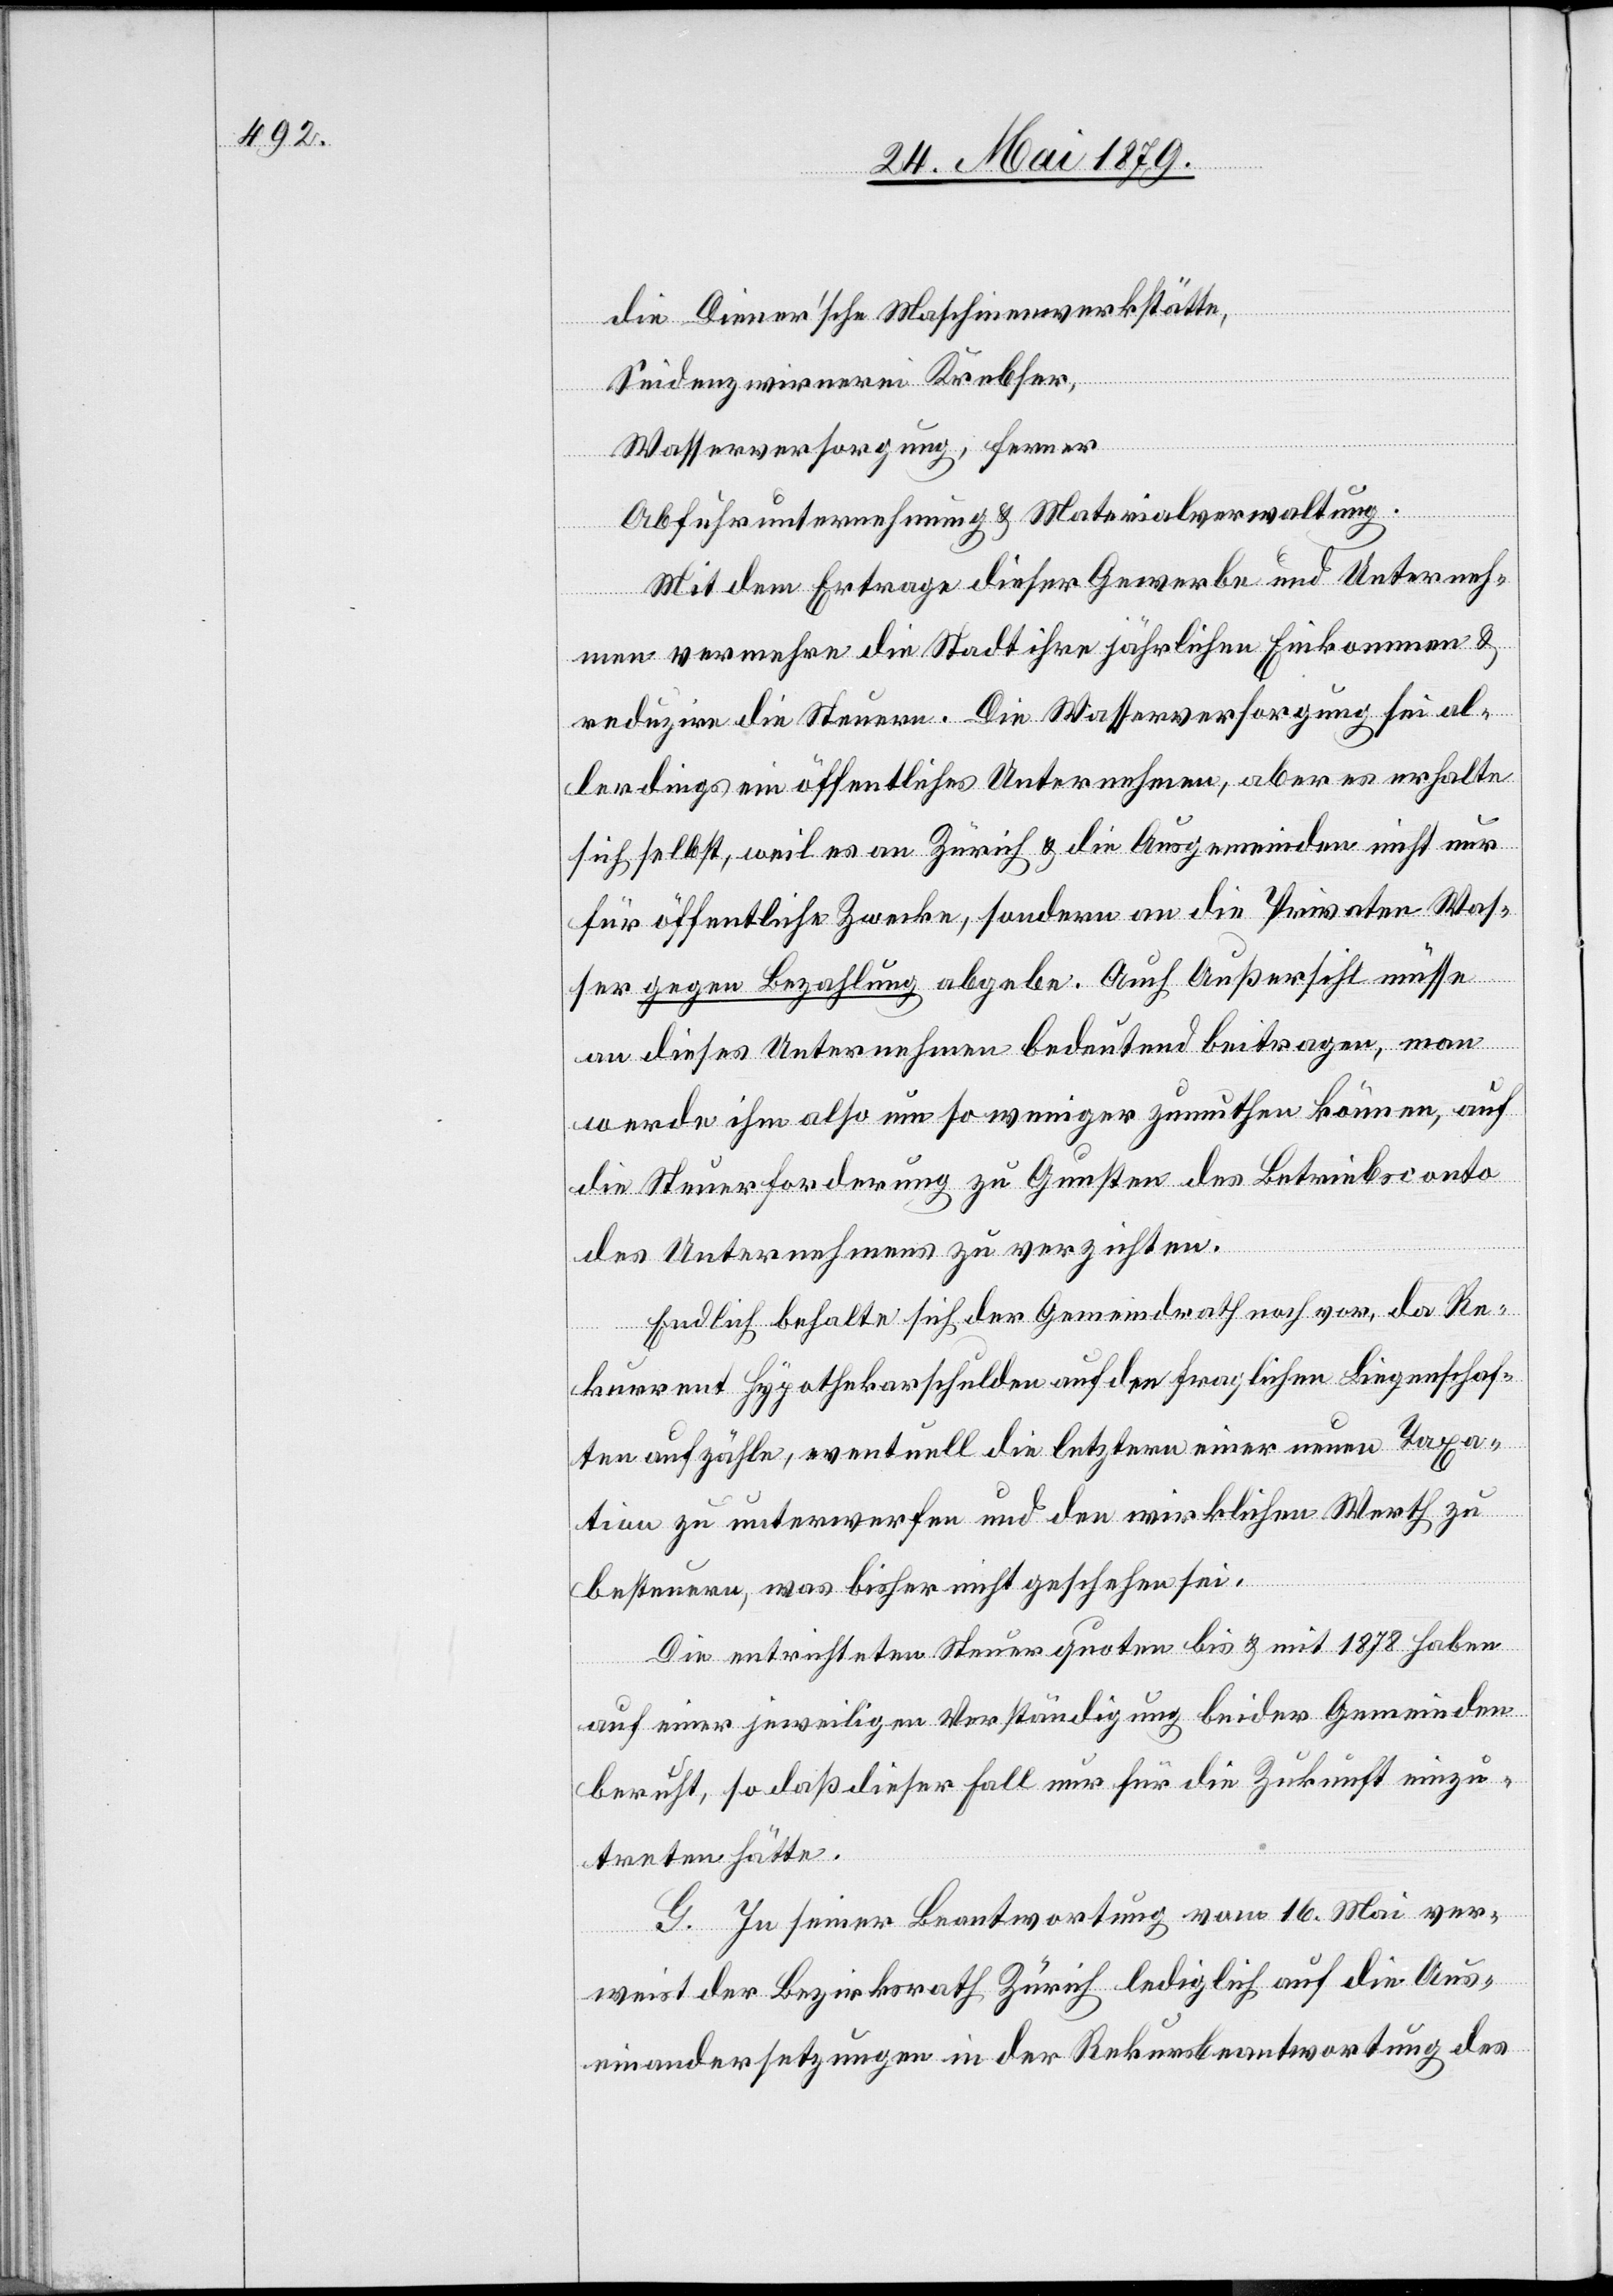
die Diener’sche Maschinenwerkstätte,
Seidenzwirnerei Krebser,
Wasserversorgung, ferner
Abfuhrunternehmung & Materialverwaltung.
Mit dem Ertrage dieser Gewerbe und Unterneh¬
men vermehre die Stadt ihre jährlichen Einkommen &
reduzire die Steuern. Die Wasserversorgung sei al¬
lerdings ein öffentliches Unternehmen, aber es erhalte
sich selbst, weil es an Zürich & die Ausgemeinden nicht nur
für öffentliche Zwecke, sondern an die Privaten Was¬
ser gegen Bezahlung abgebe. Auch Außersihl müsse
an dieses Unternehmen bedeutend beitragen, man
werde ihm also um so weniger zumuthen können, auf
die Steuerforderung zu Gunsten des Betriebsconto
des Unternehmens zu verzichten.
Endlich behalte sich der Gemeindrath noch vor, da Re¬
kurrent Hypothekarschulden auf den fraglichen Liegenschaf¬
ten aufzähle, eventuell die letztern einer neuen Taxa¬
tion zu unterwerfen und den wirklichen Werth zu
besteuern, was bisher nicht geschehen sei.
Die entrichteten Steuerquoten bis & mit 1878 haben
auf einer jeweiligen Verständigung beider Gemeinden
beruht, so daß dieser Fall nur für die Zukunft einzu¬
treten hätte.
G. In seiner Beantwortung vom 16. Mai ver¬
weist der Bezirksrath Zürich lediglich auf die Aus¬
einandersetzungen in der Rekursbeantwortung des